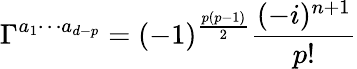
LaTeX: \Gamma^{a_{1}\cdots a_{d-p}}=(-1)^{\frac{p(p-1)}{2}}\frac{(-i)^{n+1}}{p!}